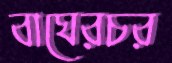
বাঘেরচর